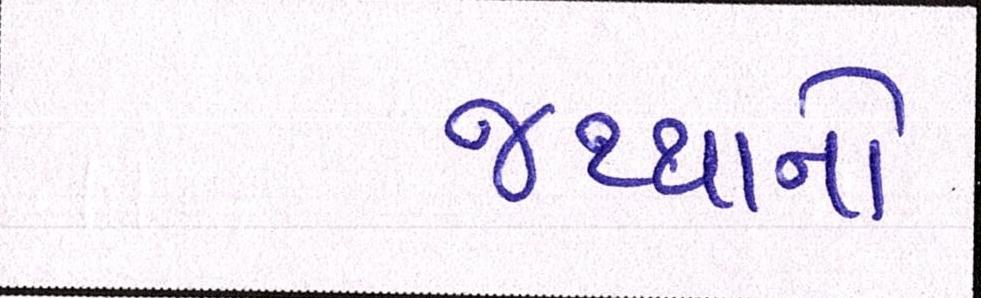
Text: જથ્થાનો